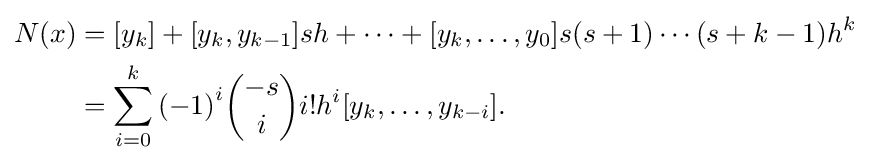
{\begin{aligned}N(x)&=[{y}_{k}]+[{y}_{k},{y}_{k-1}]sh+\cdots +[{y}_{k},\ldots ,{y}_{0}]s(s+1)\cdots (s+k-1){h}^{k}\\&=\sum _{i=0}^{k}{(-1)}^{i}{-s \choose i}i!{h}^{i}[{y}_{k},\ldots ,{y}_{k-i}].\end{aligned}}